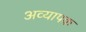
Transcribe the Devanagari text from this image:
अव्यापक